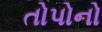
તોપોનો